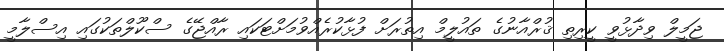
ޖަމީލް ވިދާޅުވީ ކީރިތި ޤުރްއާނުގެ ތައުލީމް އިތުރަށް ފުޅާކުރެއްވުމަށްޓަކައި ރާއްޖޭގެ ސްކޫލްތަކުގައި އިސްލާމީ